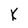
Character: K